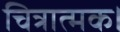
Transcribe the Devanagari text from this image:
चित्रात्मक।